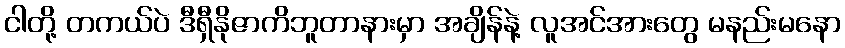
ငါတို့ တကယ်ပဲ ဒီရှီနိုဇာကိဘူတာနားမှာ အချိန်နဲ့ လူအင်အားတွေ မနည်းမနော